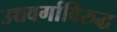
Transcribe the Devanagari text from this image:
उच्चवर्गाविरुद्ध